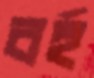
বর্হ